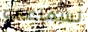
لسماعي